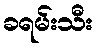
ခရမ်းသီး